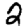
Digit: 2